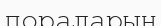
пораларын